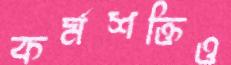
কর্মশক্তিও